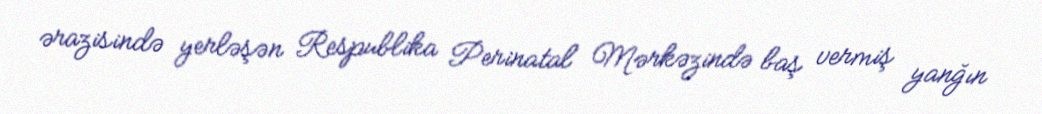
ərazisində yerləşən Respublika Perinatal Mərkəzində baş vermiş yanğın